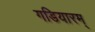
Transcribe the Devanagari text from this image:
गडियारम्